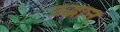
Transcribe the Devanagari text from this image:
उद्धान